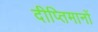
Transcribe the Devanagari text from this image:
दीप्तिमानों